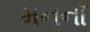
મનનાઁ